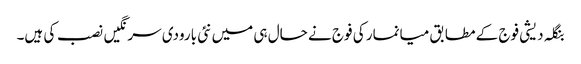
بنگلہ دیشی فوج کے مطابق میانمار کی فوج نے حال ہی میں نئی بارودی سرنگیں نصب کی ہیں۔